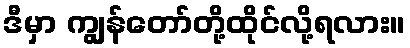
ဒီမှာ ကျွန်တော်တို့ထိုင်လို့ရလား။